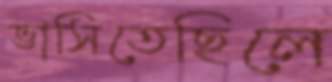
ভাসিতেছিলে